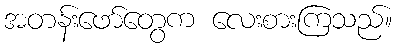
အတန်းဖော်တွေက လေးစားကြသည်။